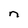
Character: n